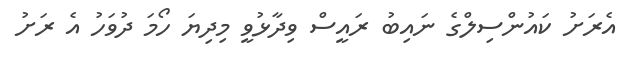
އެރަށު ކައުންސިލްގެ ނައިބު ރައީސް ވިދާޅުވީ މިދިޔަ ހޯމަ ދުވަހު އެ ރަށު